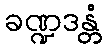
ခဏ္ဍဒန္တံ